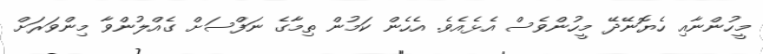
މީހުންނާއި ހެޔޮނޭދޭ މީހުންވެސް އެޅެއެވެ. އެހެން ކަމުން ތިމާގެ ނަފްސަށް ގެއްލުންވާ މިންވަރަށް